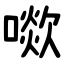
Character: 㗵